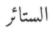
الستائر